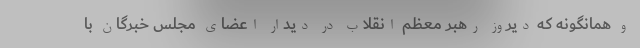
و همانگونه که دیروز رهبر معظم انقلاب در دیدار اعضای مجلس خبرگان با